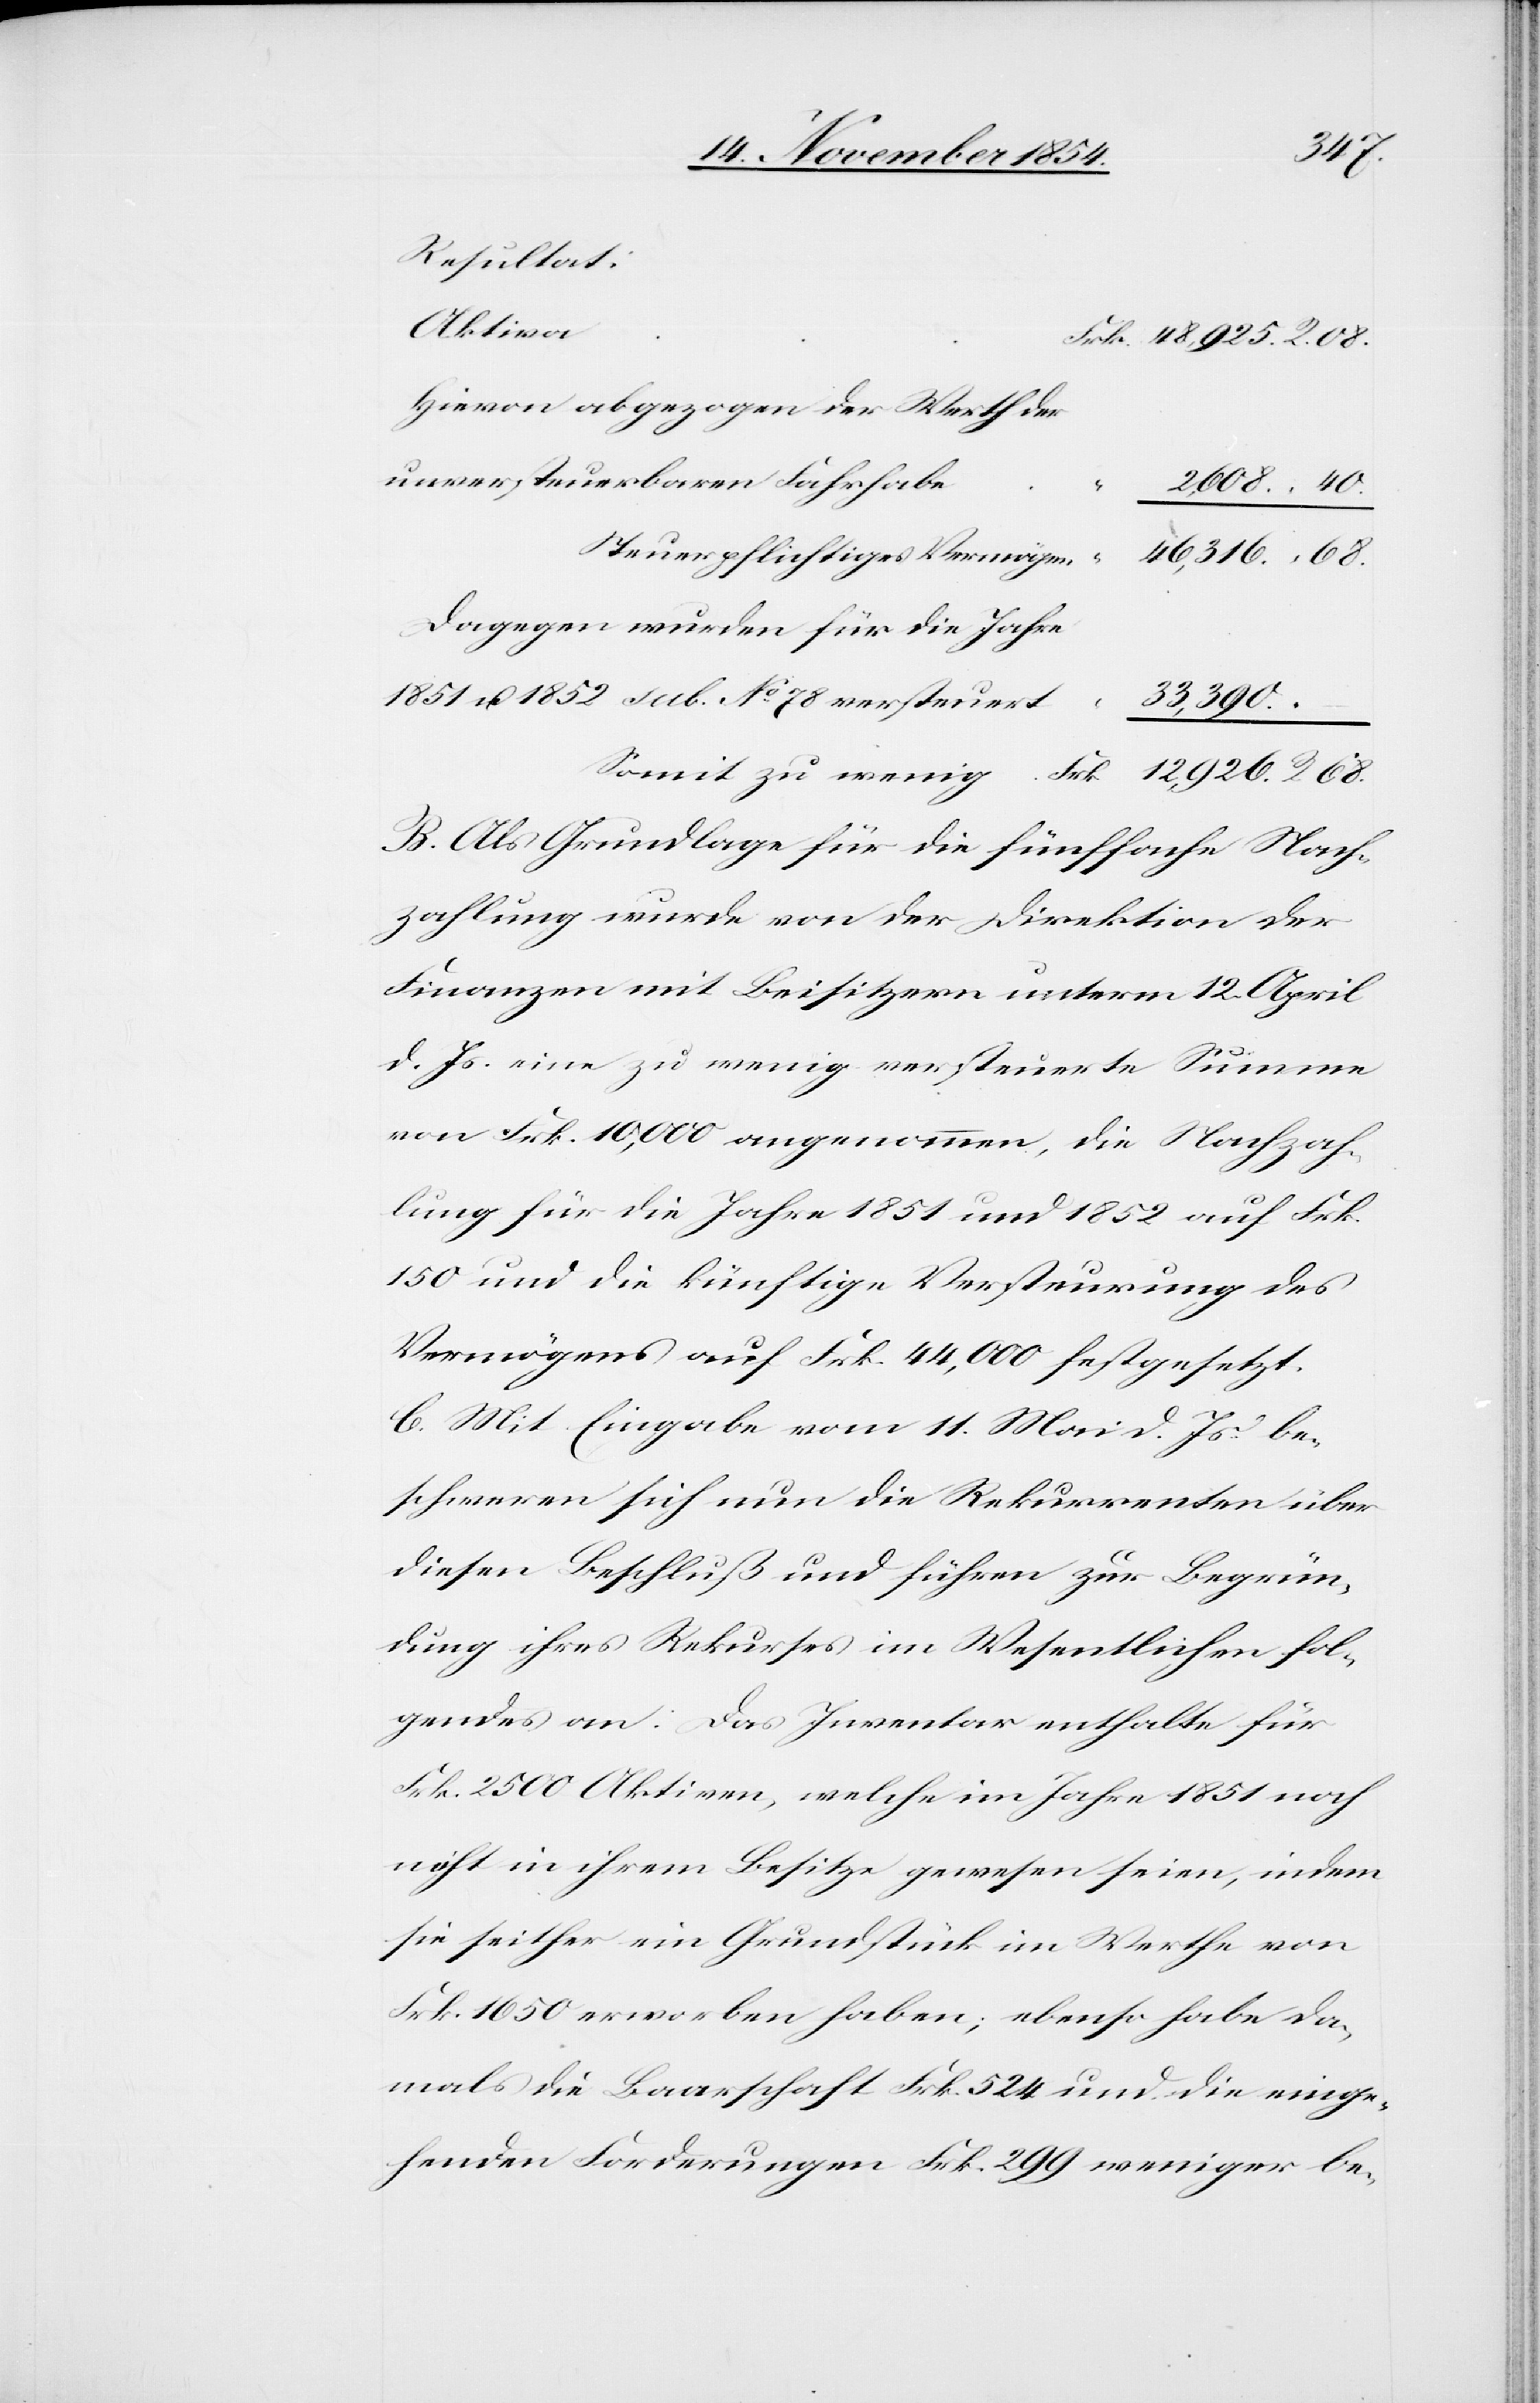
68.
Resultat:
Aktiva
Hievon abgezogen der Werth der
unversteuerbaren Fahrhabe
Dagegen wurden für die Jahre
1851 u. 1852 sub. No 78 versteuert
B. Als Grundlage für die fünffache Nach¬
zahlung wurde von der Direktion der
Finanzen mit Beisitzern unterm 12. April
d. Js. eine zu wenig versteuerte Summe
von Frk. 10,000 angenommen, die Nachzah¬
lung für die Jahre 1851 und 1852 auf Frk.
150 und die künftige Versteurung des
Vermögens auf Frk. 44,000 festgesetzt.
C. Mit Eingabe vom 11. Mai d. Js. be¬
schweren sich nun die Rekurrenten über
diesen Beschluß und führen zur Begrün¬
dung ihres Rekurses im Wesentlichen fol¬
gendes an: Das Inventar enthalte für
Frk. 2500 Aktiven, welche im Jahre 1851 noch
nicht in ihrem Besitze gewesen seien, indem
sie seither ein Grundstück im Werth von
Frk. 1650 erworben haben; ebenso habe da¬
mals die Baarschaft Frk. 524 und die einge¬
henden Forderungen Frk. 299 weniger be-